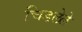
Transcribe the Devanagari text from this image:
चिडलेले